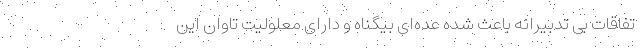
تفاقات بی تدبیرانه باعث شده عده‌ای بیگناه و دارای معلولیت تاوان این